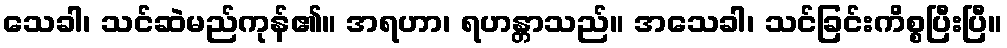
သေခါ၊ သင်ဆဲမည်ကုန်၏။ အရဟာ၊ ရဟန္တာသည်။ အသေခါ၊ သင်ခြင်းကိစ္စပြီးပြီ။